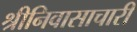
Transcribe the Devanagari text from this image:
श्रीनिवासाचारी